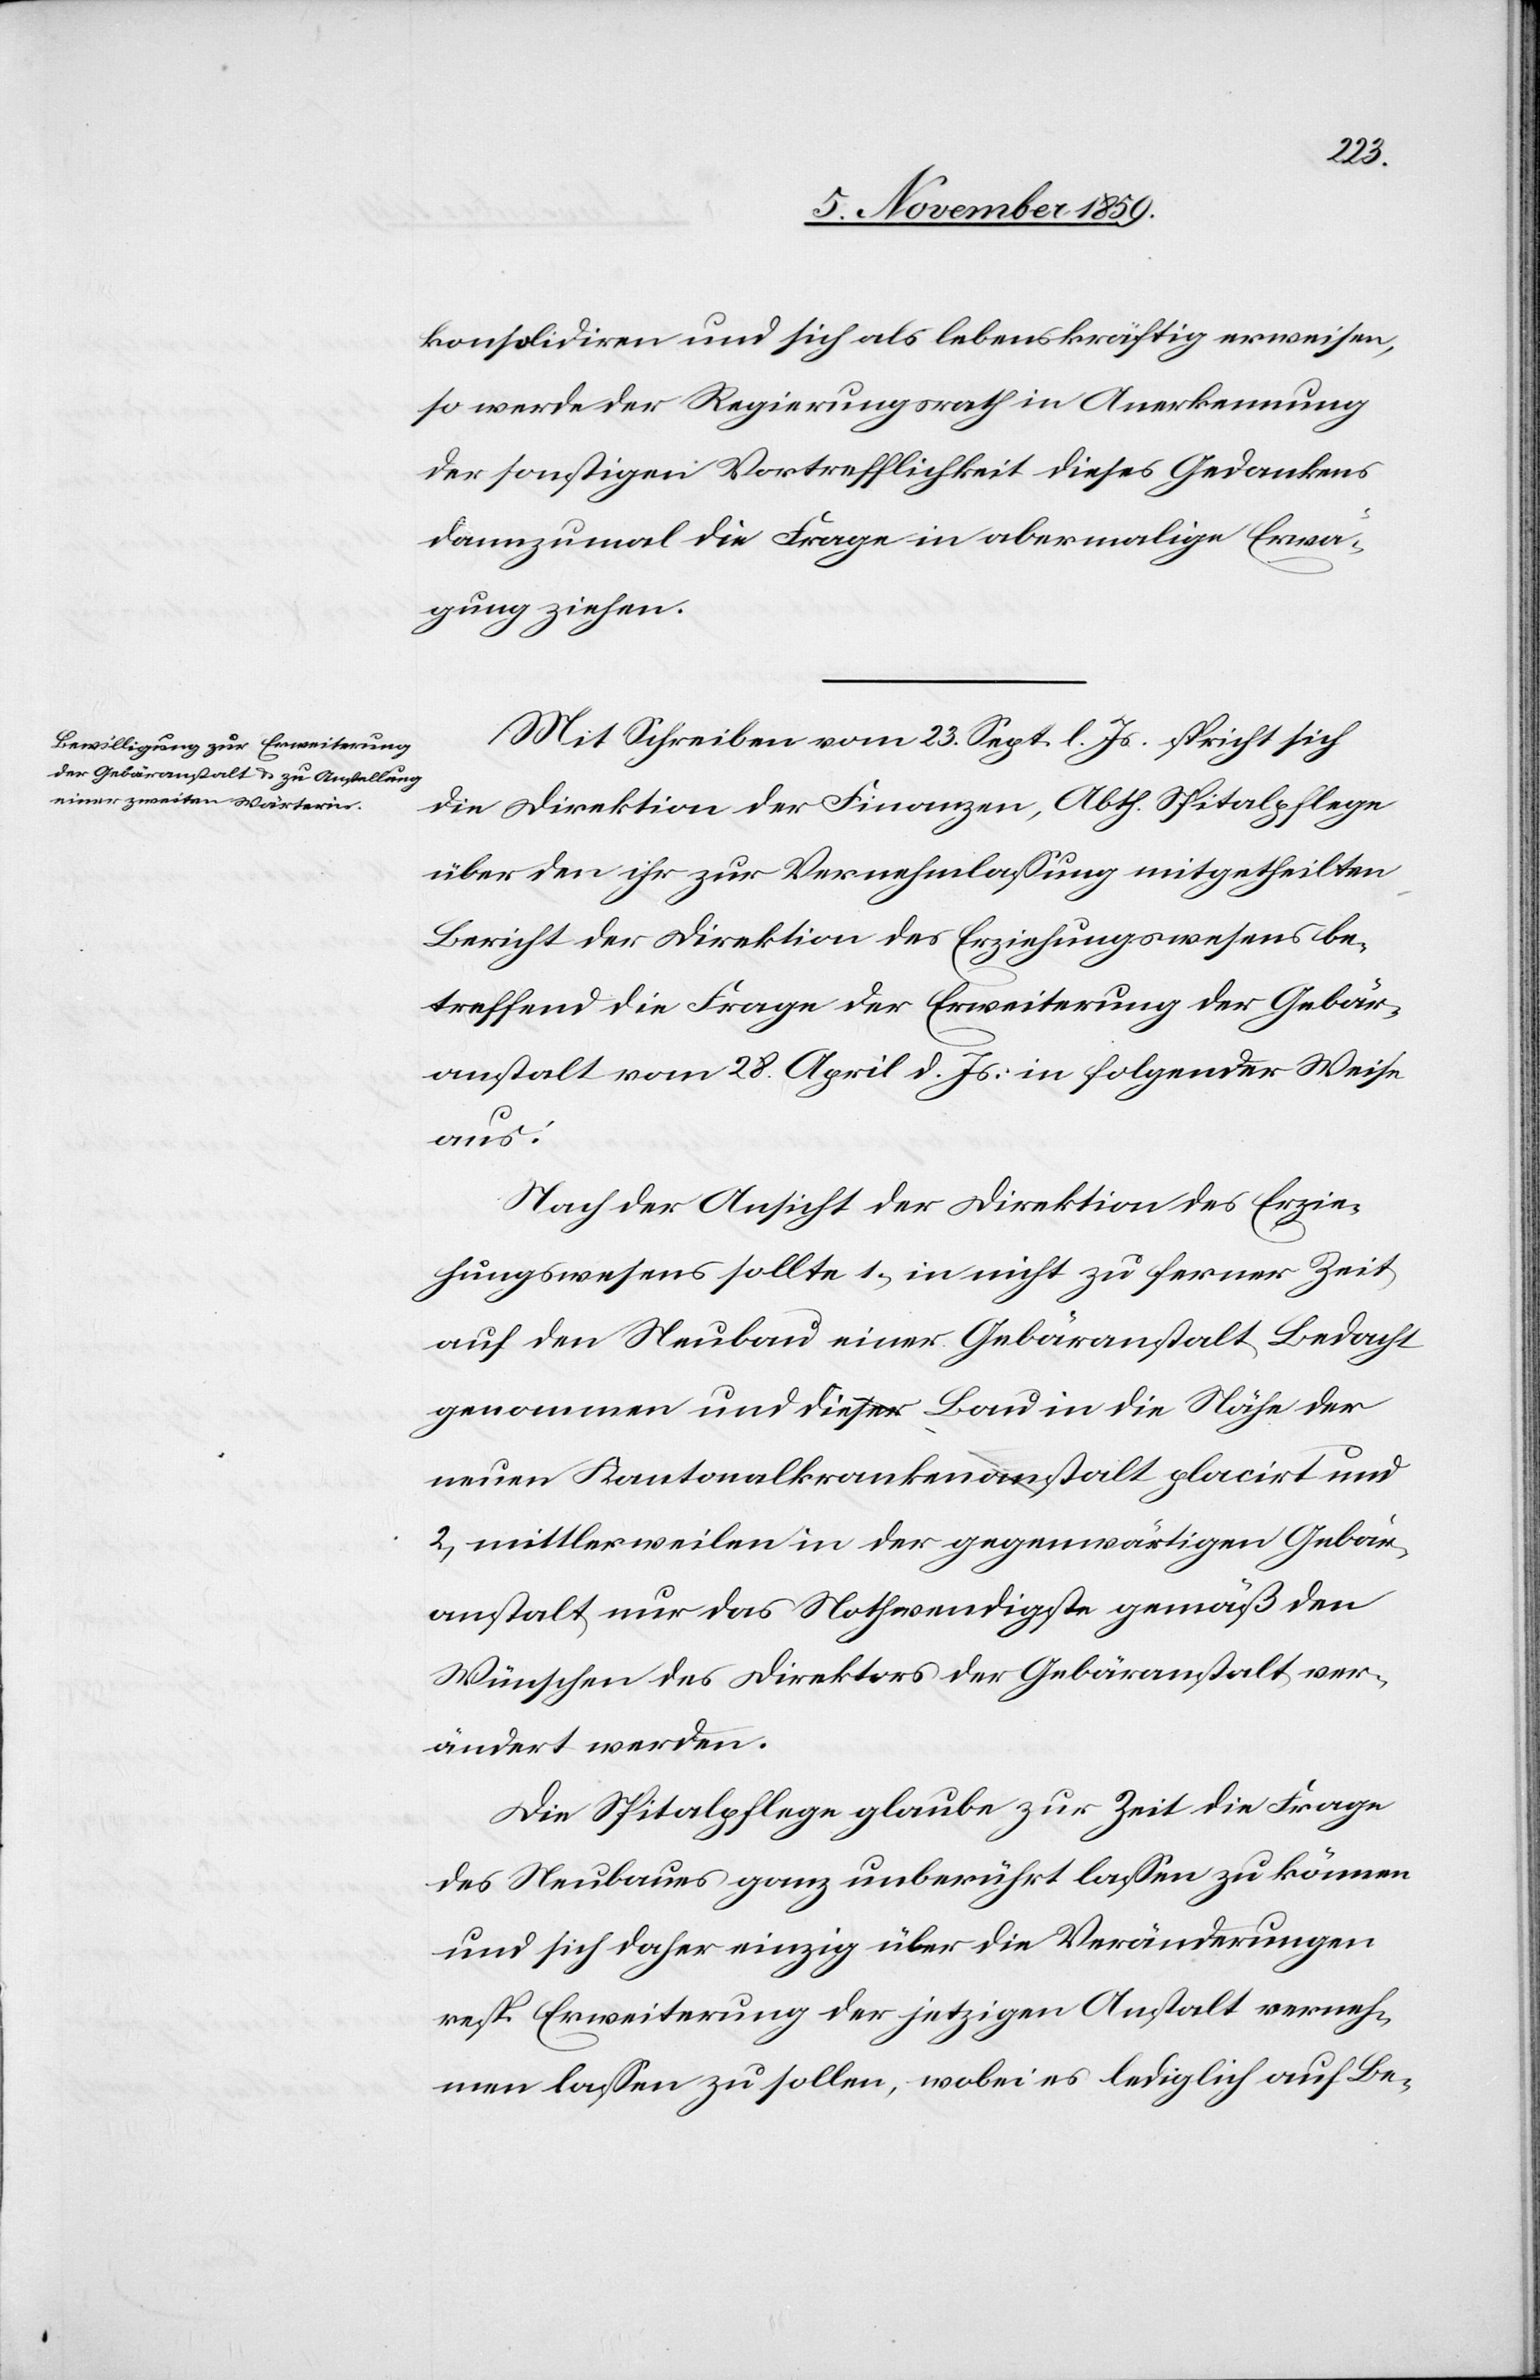
konsolidiren und sich als lebenskräftig erweisen,
so werde der Regierungsrath in Anerkennung
der sonstigen Vortrefflichkeit dieses Gedankens
dannzumal die Frage in abermalige Erwä¬
gung ziehen.
Mit Schreiben vom 23. Sept. l. Js. spricht sich
die Direktion der Finanzen, Abth. Spitalpflege
über den ihr zur Vernehmlassung mitgetheilten
Bericht der Direktion des Erziehungswesens be¬
treffend die Frage der Erweiterung der Gebär¬
anstalt vom 28. April d. Js. in folgender Weise
aus:
Nach der Ansicht der Direktion des Erzie¬
hungswesens sollte 1, in nicht zu ferner Zeit
auf den Neubau einer Gebäranstalt Bedacht
genommen und dieser Bau in die Nähe der
neuen Kantonalkrankenanstalt placirt und
2, mittlerweilen in der gegenwärtigen Gebär¬
anstalt nur das Nothwendigste gemäß den
Wünschen des Direktors der Gebäranstalt ver¬
ändert werden.
Die Spitalpflege glaube zur Zeit die Frage
des Neubaues ganz unberührt lassen zu können
und sich daher einzig über die Veränderungen
resp. Erweiterung der jetzigen Anstalt verneh¬
men lassen zu sollen, wobei es lediglich auf Be-